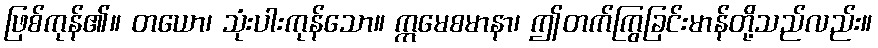
ဖြစ်ကုန်၏။ တယော၊ သုံးပါးကုန်သော။ ဣမေစမာနာ၊ ဤတက်ကြွခြင်းမာန်တို့သည်လည်း။